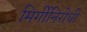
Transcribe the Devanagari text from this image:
मिर्गीनिरोधी